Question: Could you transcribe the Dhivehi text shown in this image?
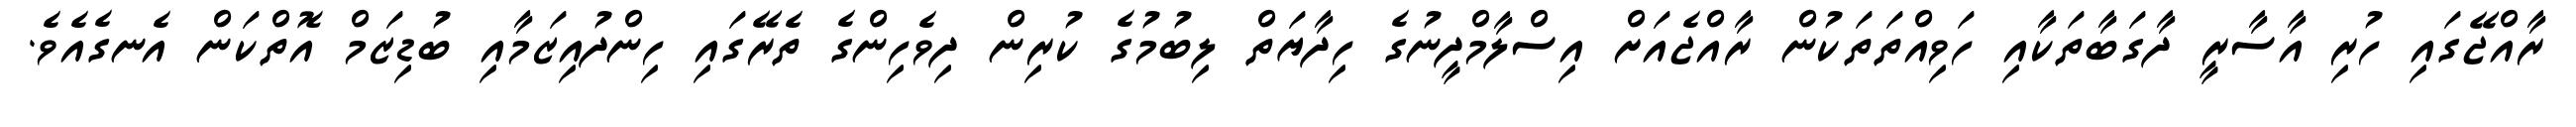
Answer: ރާއްޖޭގައި ހުރި އާސާރީ ދާގަބާތަކާއި ހަވިއްތަތަކުން ރާއްޖެއަށް އިސްލާމްދީނުގެ ހިދާޔަތް ލިބުމުގެ ކުރިން ދިވެހިންގެ ތެރޭގައި ހިންދުއިޒަމާއި ބުޑިޒަމް އޮތްކަން އެނގެއެވެ.